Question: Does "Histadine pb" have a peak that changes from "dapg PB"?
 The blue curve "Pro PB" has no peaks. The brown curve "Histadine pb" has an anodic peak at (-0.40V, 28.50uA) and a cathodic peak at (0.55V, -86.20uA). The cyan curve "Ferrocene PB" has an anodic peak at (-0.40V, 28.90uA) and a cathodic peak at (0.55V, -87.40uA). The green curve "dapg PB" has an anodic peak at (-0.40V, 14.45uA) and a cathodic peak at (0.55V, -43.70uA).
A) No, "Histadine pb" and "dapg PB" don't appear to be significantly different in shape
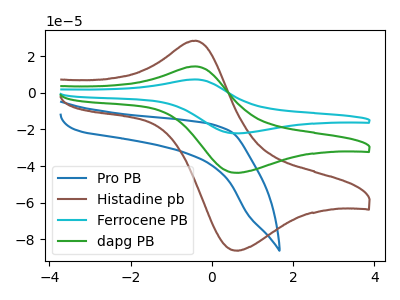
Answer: <think>All the peaks in "Histadine pb" have a peak in "dapg PB" at the same potential. Every peak in "Histadine pb" is higher than every peak in "dapg PB".
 </think>
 <answer>A) No, "Histadine pb" and "dapg PB" don't appear to be significantly different in shape</answer>
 <eval>A</eval>